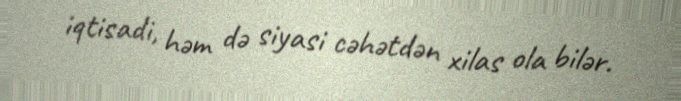
iqtisadi, həm də siyasi cəhətdən xilas ola bilər.